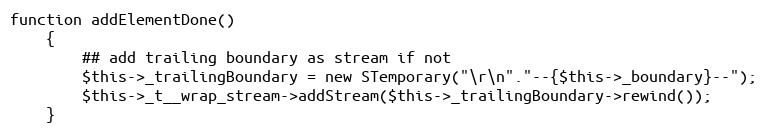
Language: PHP
function addElementDone()
    {
        ## add trailing boundary as stream if not
        $this->_trailingBoundary = new STemporary("\r\n"."--{$this->_boundary}--");
        $this->_t__wrap_stream->addStream($this->_trailingBoundary->rewind());
    }